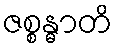
ဇစ္စန္ဓာတိ